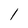
Character: l